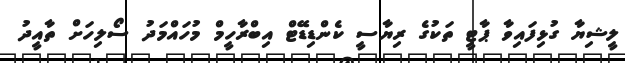
ލީޝިޔާ ގުޅިފައިވާ ޕާޓީ ތަކުގެ ރިޔާސީ ކެންޑިޑޭޓް އިބްރާހީމް މުހައްމަދު ސޯލިހަށް ތާއީދު